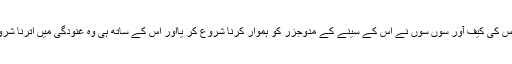
آکسیجن گیس کی کیف آور سوں سوں نے اس کے سینے کے مدوجزر کو ہموار کرنا شروع کر یااور اس کے ساتھ ہی وہ غنودگی میں اترنا شروع ہو گئی۔